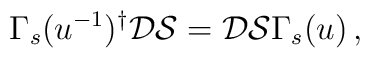
\Gamma_{s}(u^{-1})^{\dagger}\mathcal{D}\mathcal{S} =\mathcal{D}\mathcal{S}\Gamma_{s}(u)\, ,